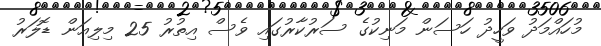
މުހައްމަދު ވަހީދު ހަސަން މަނިކުގެ ސަރުކާރުގައި ވެސް އިތުރު 25 މިލިއަން ޑޮލަރު